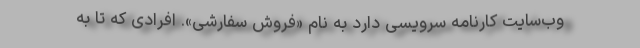
وب‌سایت کارنامه سرویسی دارد به نام «فروش سفارشی». افرادی که تا به